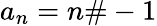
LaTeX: a_{n}=n\# -1